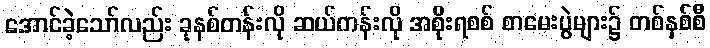
အောင်ခဲ့သော်လည်း ခုနစ်တန်းလို ဆယ်တန်းလို အစိုးရစစ် စာမေးပွဲများ၌ တစ်နှစ်စီ